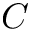
C